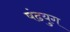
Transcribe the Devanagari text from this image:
षंढयुग